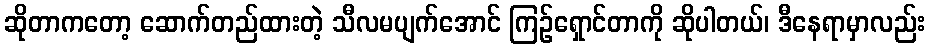
ဆိုတာကတော့ ဆောက်တည်ထားတဲ့ သီလမပျက်အောင် ကြဉ်ရှောင်တာကို ဆိုပါတယ်၊ ဒီနေရာမှာလည်း